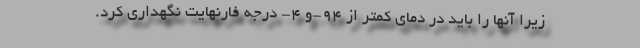
زیرا آنها را باید در دمای کمتر از ٩٤-و ٤- درجه فارنهایت نگهداری کرد.